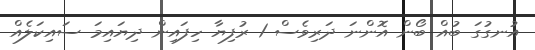
އުނގުގަ ބުއް ބޯން އޮންނަ ދަރިވެސް 1 ރުފިޔާ ހިފައިން ދިޔައިމަ ސައިކަލެއް